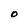
Character: O